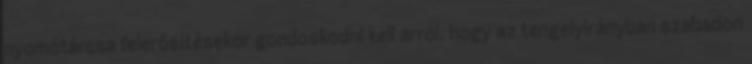
nyomótárcsa felerősítésekor gondoskodni kell arról, hogy az tengelyirányban szabadon